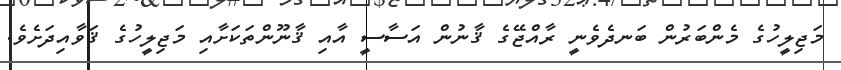
މަޖިލީހުގެ މެންބަރުން ބަނދެވެނީ ރާއްޖޭގެ ޤާނުން އަސާސީ އާއި ޤާނޫންތަކަށާއި މަޖިލީހުގެ ޤަވާއިދަށެވެ.